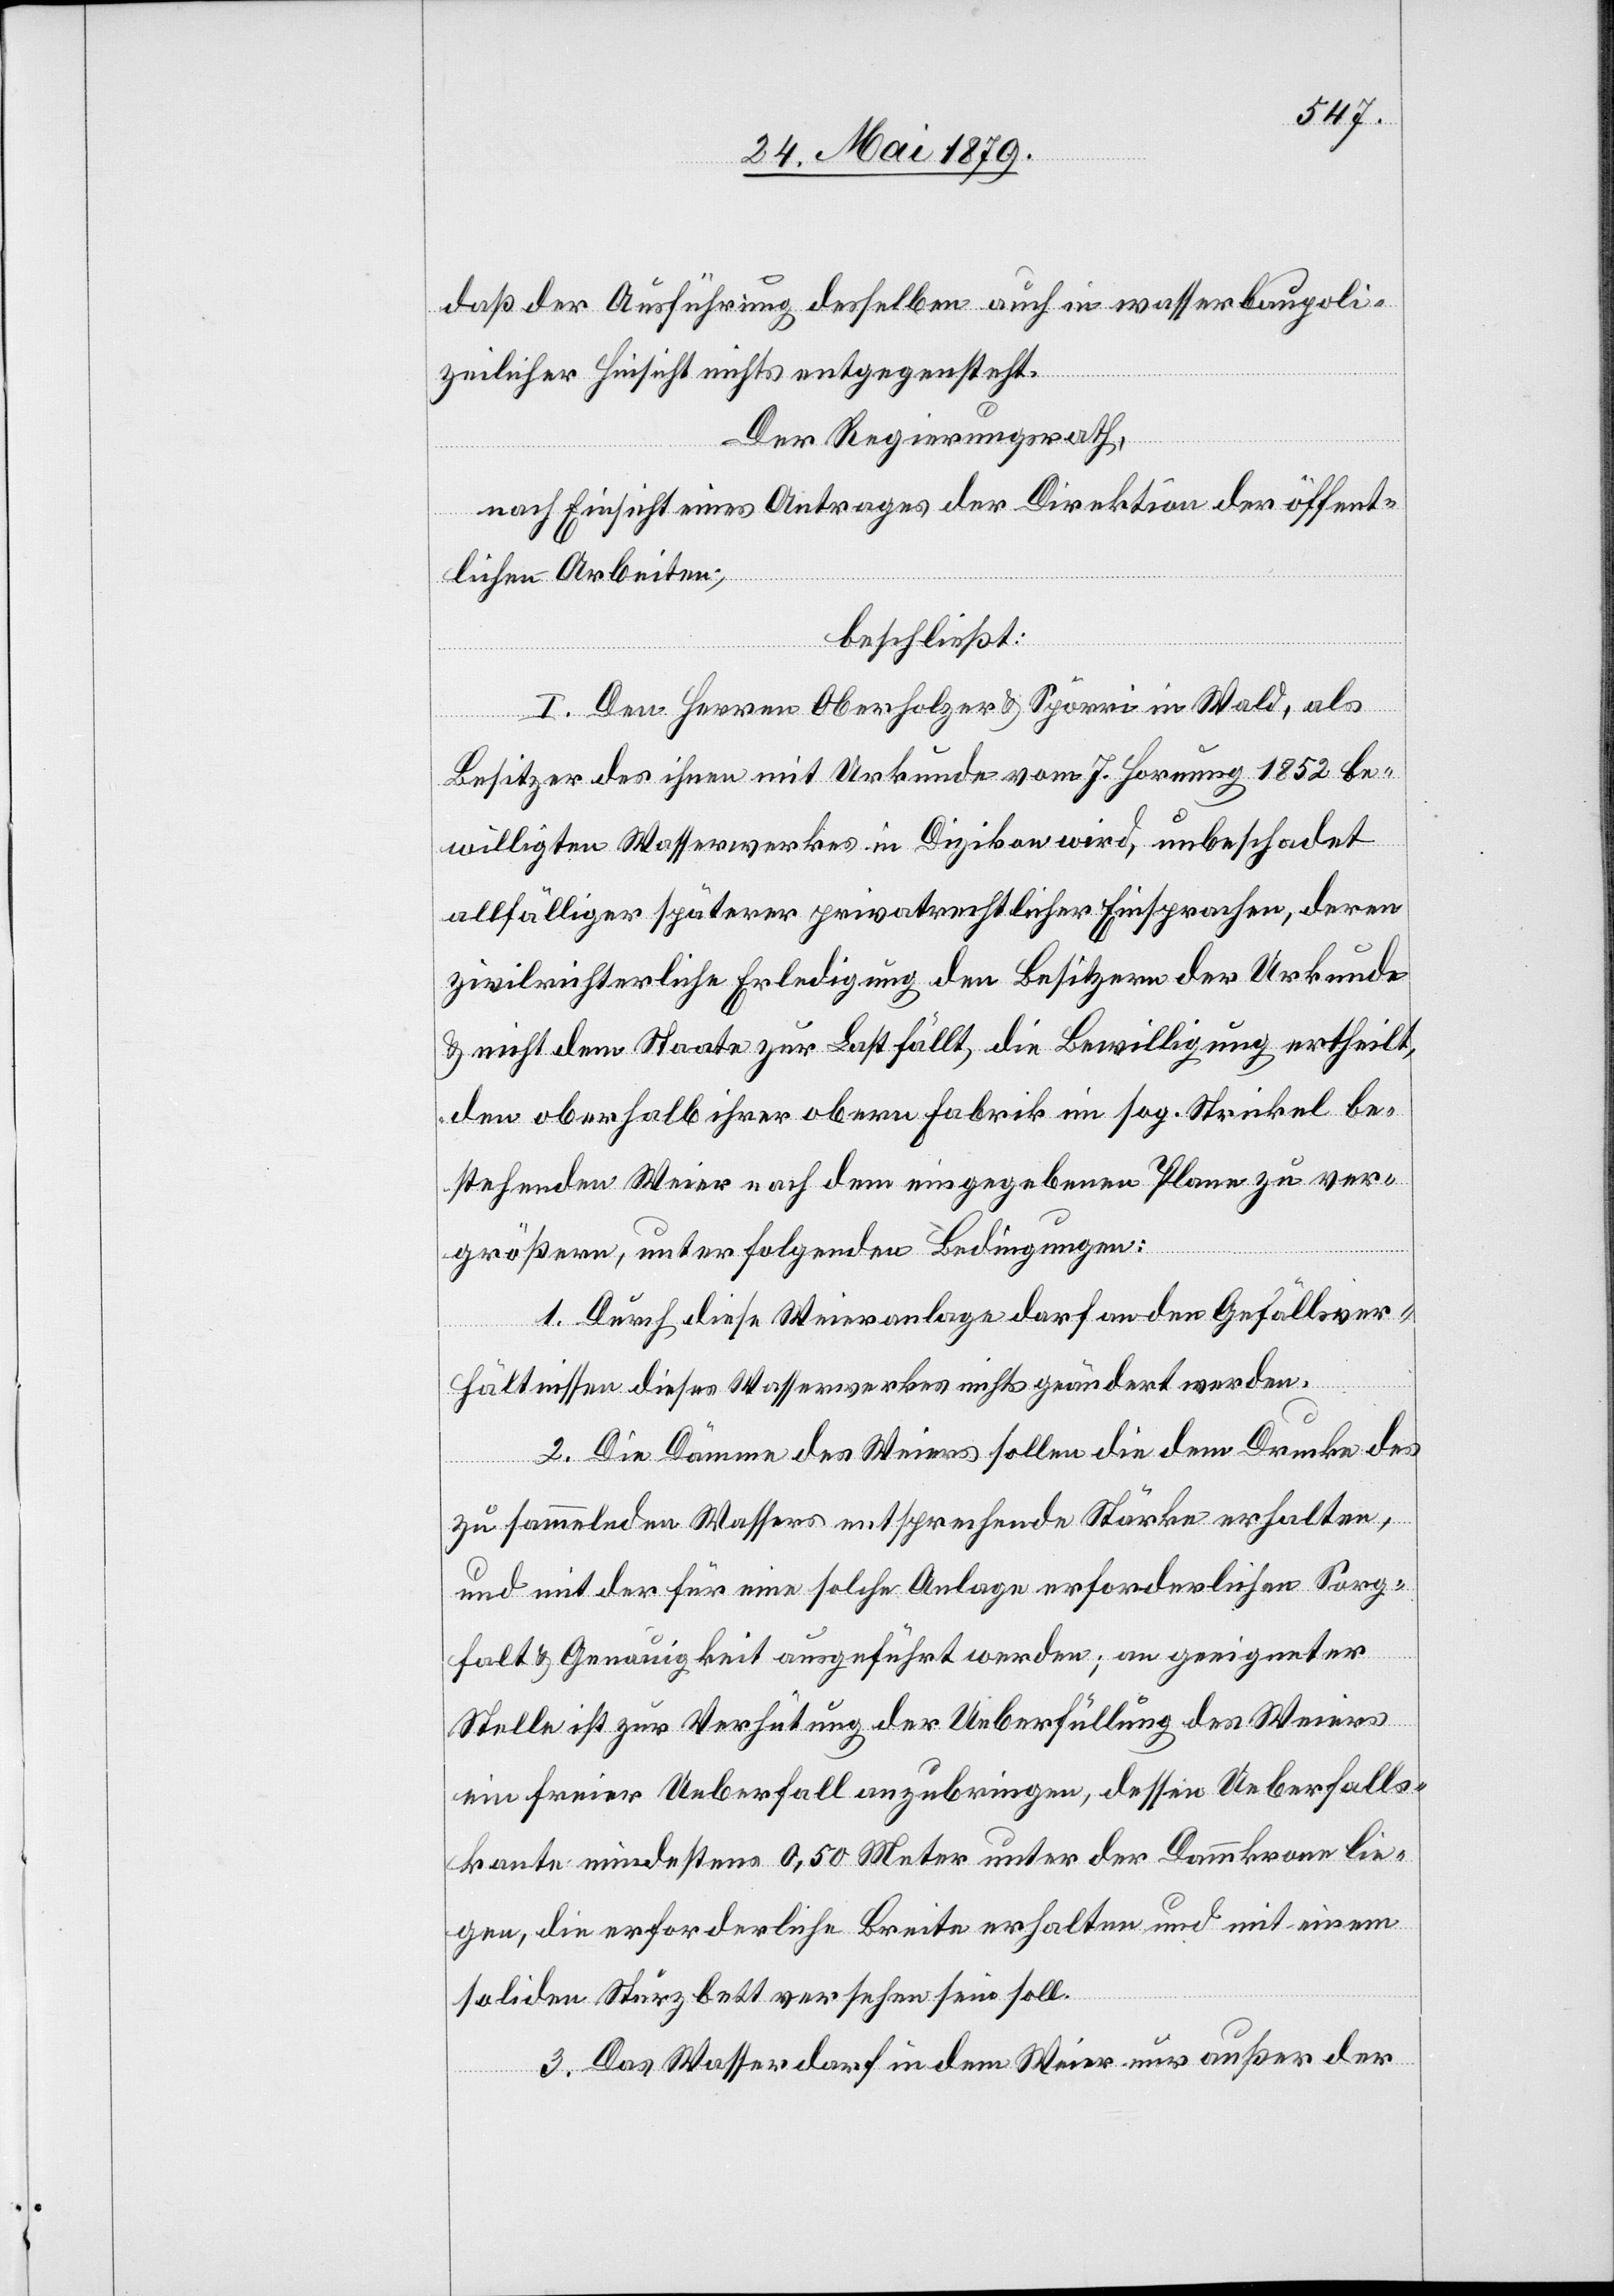
daß der Ausführung desselben auch in wasserbaupoli¬
zeilicher Hinsicht nichts entgegensteht.
Der Regierungsrath,
nach Einsicht eines Antrages der Direktion der öffent¬
lichen Arbeiten,
beschließt:
I. Den Herren Oberholzer & Spörri in Wald, als
Besitzer des ihnen mit Urkunde vom 7. Hornung 1852 be¬
willigten Wasserwerkes in Di[e]zikon wird, unbeschadet
allfälliger späterer privatrechtlicher Einsprachen, deren
zivilrichterliche Erledigung den Besitzern der Urkunde
& nicht dem Staate zur Last fällt, die Bewilligung ertheilt,
den oberhalb ihrer obern Fabrik im sog. Strickel be¬
stehenden Weier nach dem eingegebenen Plane zu ver¬
größern, unter folgenden Bedingungen:
1. Durch diese Weieranlage darf an den Gefällsver¬
hältnissen dieses Wasserwerkes nichts geändert werden.
2. Die Dämme des Weiers sollen die dem Drucke des
zu sammelnden Wassers entsprechende Stärke erhalten,
und mit der für eine solche Anlage erforderlichen Sorg¬
falt & Genauigkeit ausgeführt werden; an geeigneter
Stelle ist zur Verhütung der Ueberfüllung des Weiers
ein freier Ueberfall anzubringen, dessen Ueberfalls¬
kante mindestens 0,50 Meter unter der Dammkrone lie¬
gen, die erforderliche Breite erhalten und mit einem
soliden Sturzbett versehen sein soll.
3. Das Wasser darf in dem Weier nur außer der